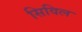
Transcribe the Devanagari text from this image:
सिविल